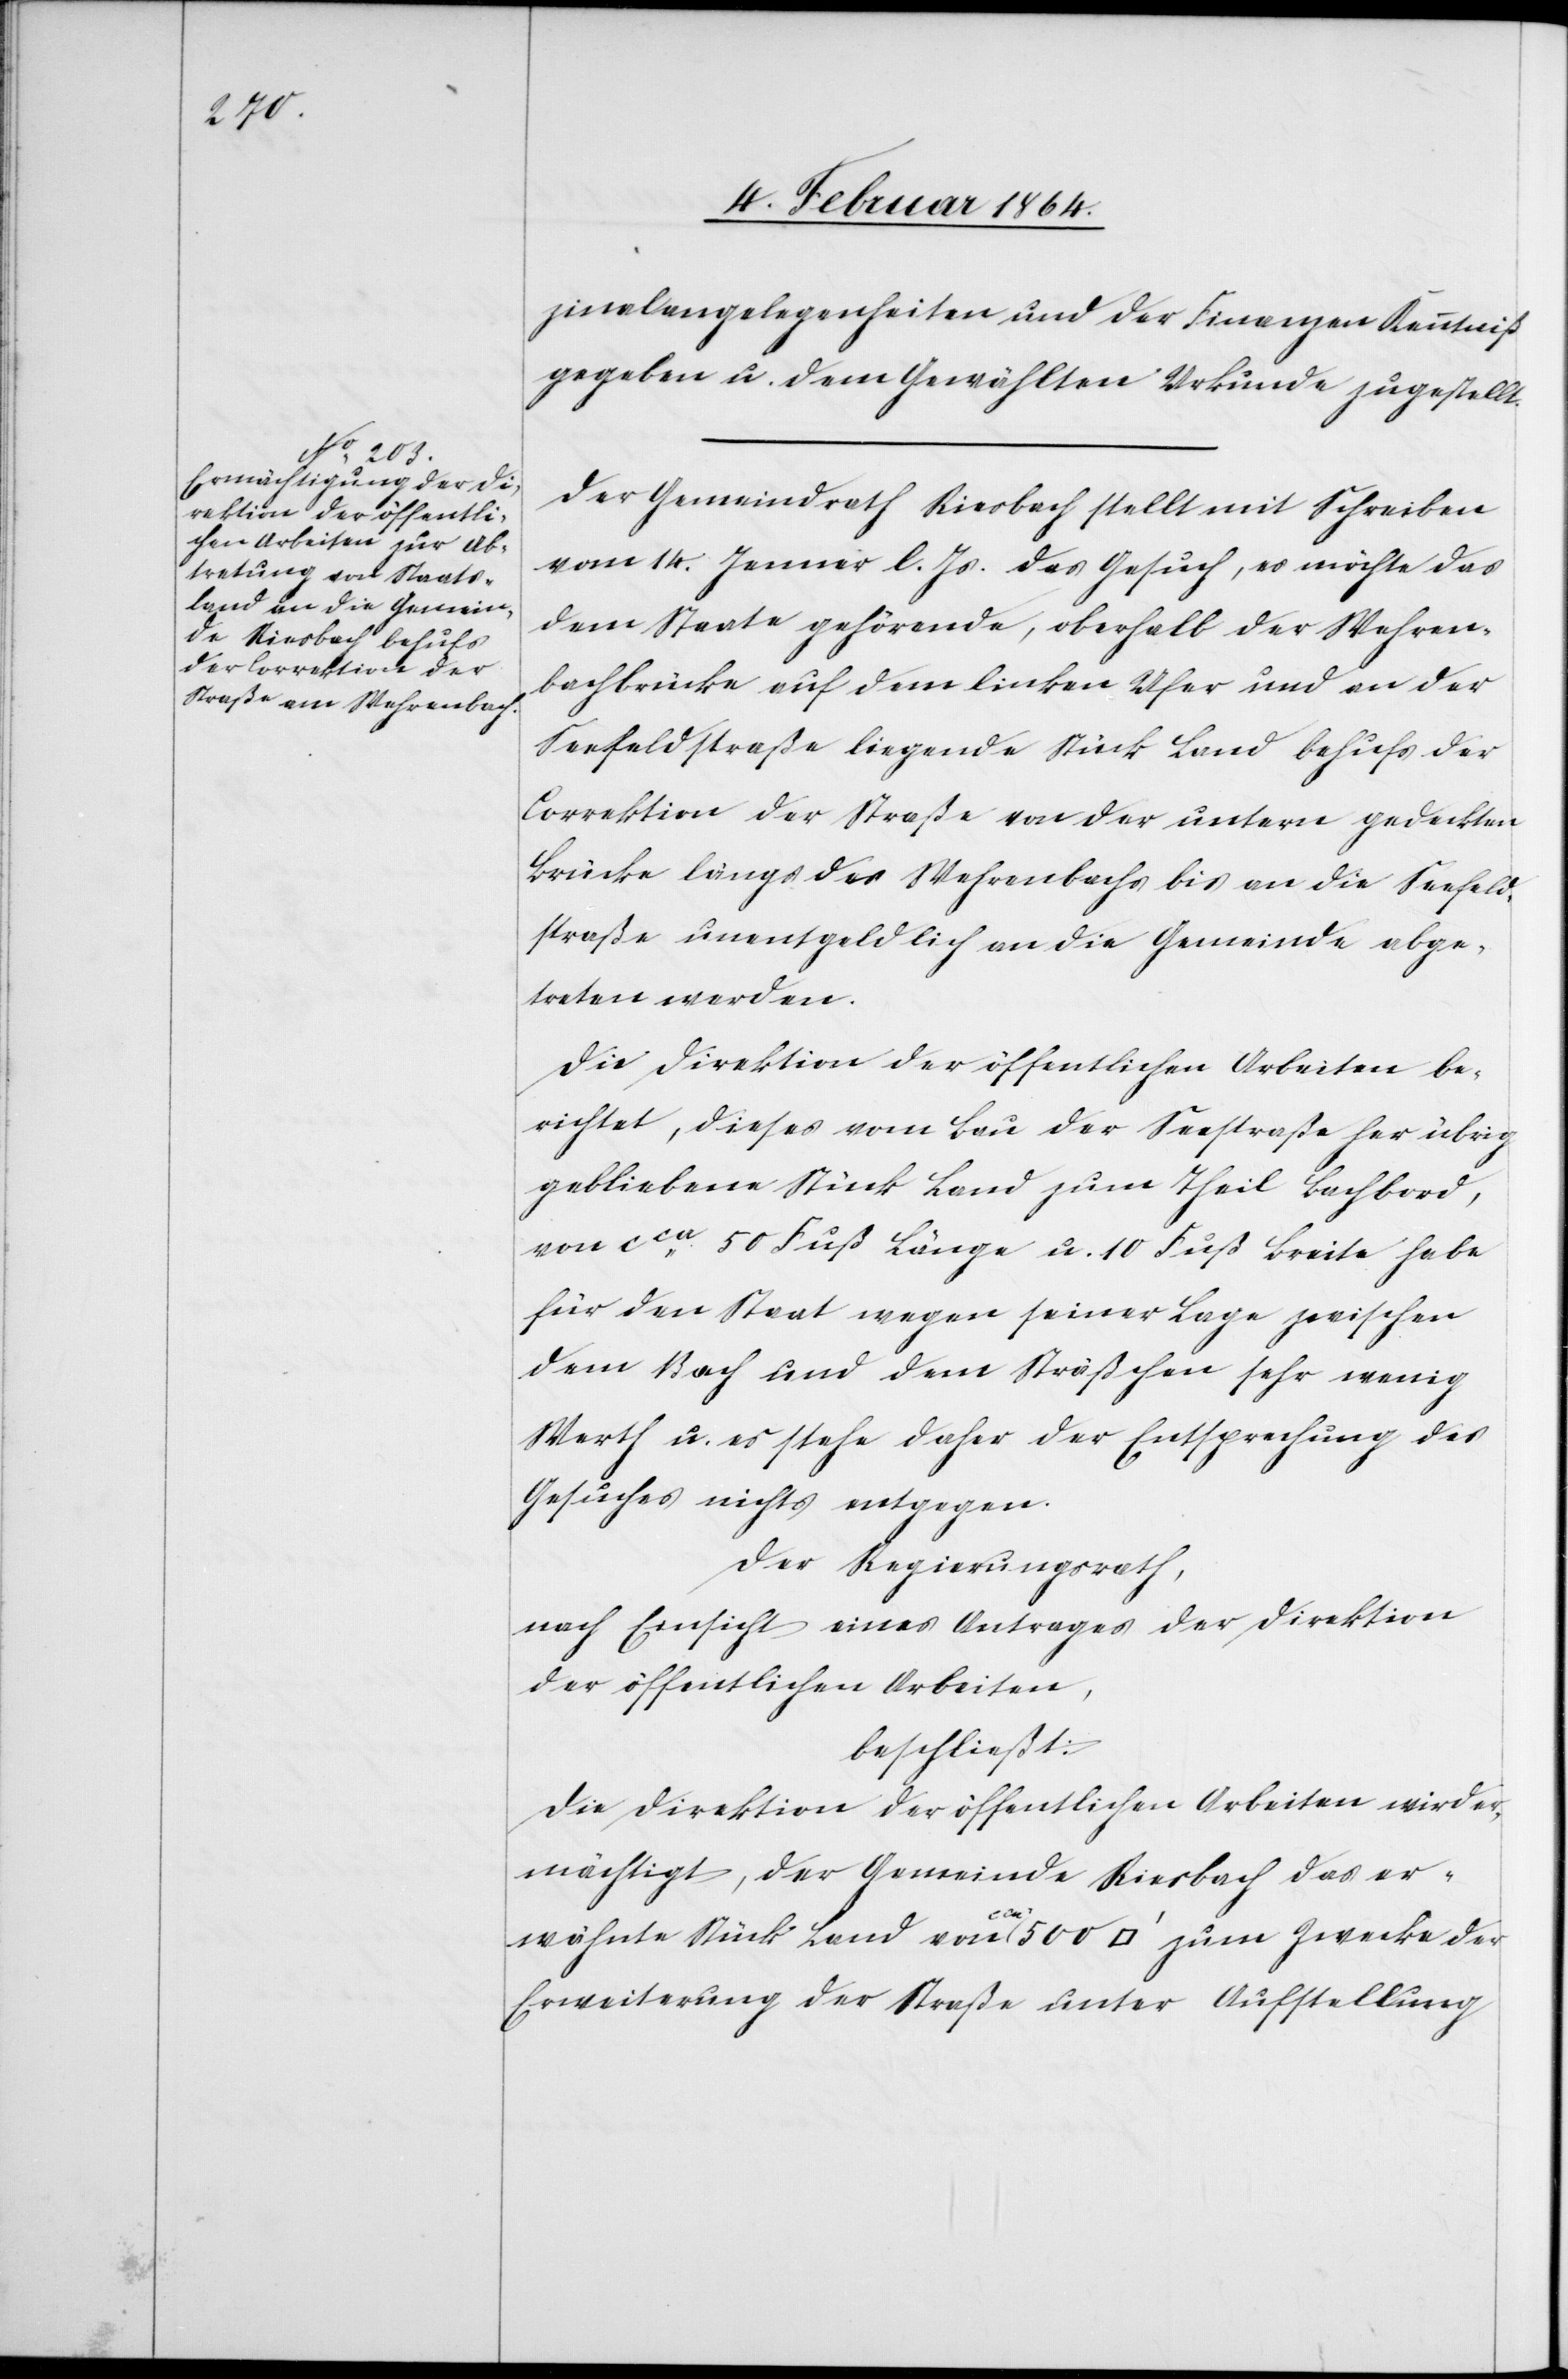
zinalangelegenheiten und der Finanzen Kenntniß
gegeben u. dem Gewählten Urkunde zugestellt.
Der Gemeindrath Riesbach stellt mit Schreiben
vom 14. Januar l. Js. das Gesuch, es möchte das
dem Staate gehörende, oberhalb der Wehren¬
bachbrücke auf dem linken Ufer und an der
Seefeldstraße liegende Stück Land behufs der
Correktion der Straße von der untern gedeckten
Brücke längs des Wehrenbachs bis an die Seefeld¬
straße unentgeldlich an die Gemeinde abge¬
treten werden.
Die Direktion der öffentlichen Arbeiten be¬
richtet, dieses vom Bau der Seestraße her übrig
gebliebene Stück Land zum Theil Bachbord
von cca 50 Fuß Länge u. 10 Fuß Breite habe
für den Staat wegen seiner Lage zwischen
dem Bach und dem Sträßchen sehr wenig
Werth u. es stehe daher der Entsprechung des
Gesuches nichts entgegen.
Der Regierungsrath,
nach Einsicht eines Antrages der Direktion
der öffentlichen Arbeiten,
beschließt:
Die Direktion der öffentlichen Arbeiten wird er¬
mächtigt, der Gemeinde Riesbach das er¬
wähnte Stück Land von cca 500 [Quadratfuss] zum Zwecke der
Erweiterung der Straße unter Aufstellung